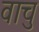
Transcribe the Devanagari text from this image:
वाचु